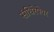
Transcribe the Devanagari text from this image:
संधिरेषेवर